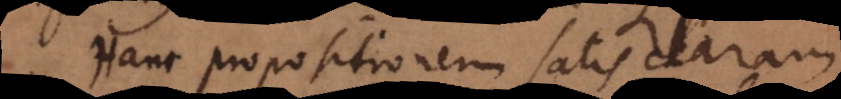
Hanc propositionem satis claram